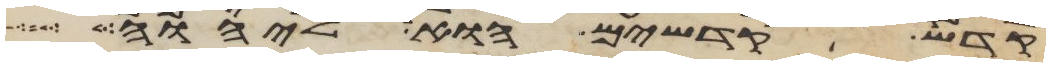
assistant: קדש קדשים הוא ליהוה